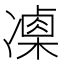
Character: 𠘍